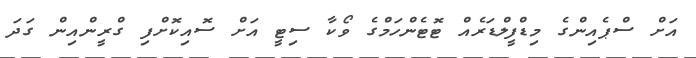
އަށް ސްޕެއިންގެ މިޑްފީލްޑަރެއް ޓޮޓެންހަމްގެ ވޯކާ ސިޓީ އަށް ސޮއިކޮށްފި ގްރީންއިން ގަދަ